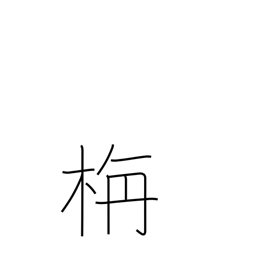
Meaning: colorful autumn foliage